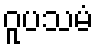
ဝူပသမံ